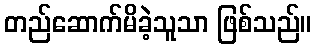
တည်ဆောက်မိခဲ့သူသာ ဖြစ်သည်။